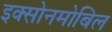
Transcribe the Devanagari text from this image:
इक्सोनमोबिल